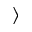
\rangle